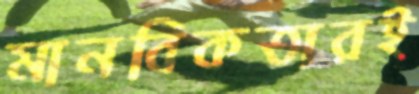
মানবিকতারই